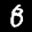
Label: 8